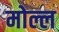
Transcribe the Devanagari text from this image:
मोल्ल